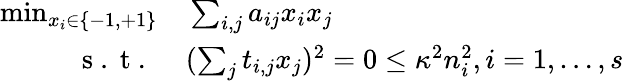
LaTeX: \begin{array}{rl}{\operatorname*{min}_{x_{i}\in\{ -1,+1\} }}&{{}\sum_{i,j}a_{ij}x_{i}x_{j}}\\ {\mathrm{~s~.~t~.~}}&{{}(\sum_{j}t_{i,j}x_{j})^{2}=0\leq\kappa^{2}n_{i}^{2},i=1,\ldots,s}\end{array}